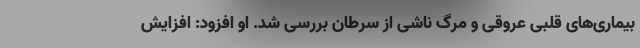
بیماری‌های قلبی عروقی و مرگ ناشی از سرطان بررسی شد. او افزود: افزایش